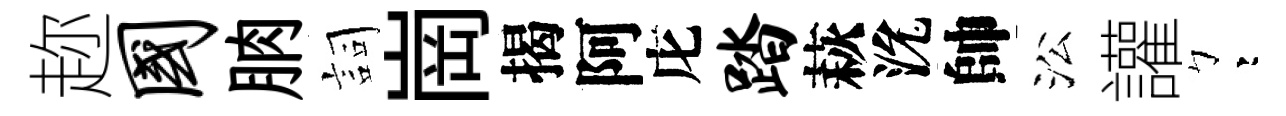
趂国朒詞崗揭阿庀踏萩沇帥㳂讙彎